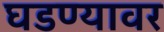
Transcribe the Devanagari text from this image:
घडण्यावर